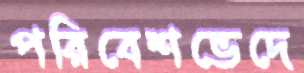
পরিবেশভেদে